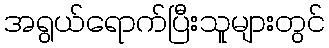
အရွယ်ရောက်ပြီးသူများတွင်